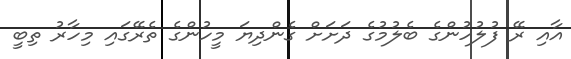
އާއި ރޭ ފުލުހުންގެ ބެލުމުގެ ދަށަށް ގެންދިޔަ މީހުންގެ ތެރޭގައި މިހާރު ތިބީ